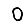
Digit: 0